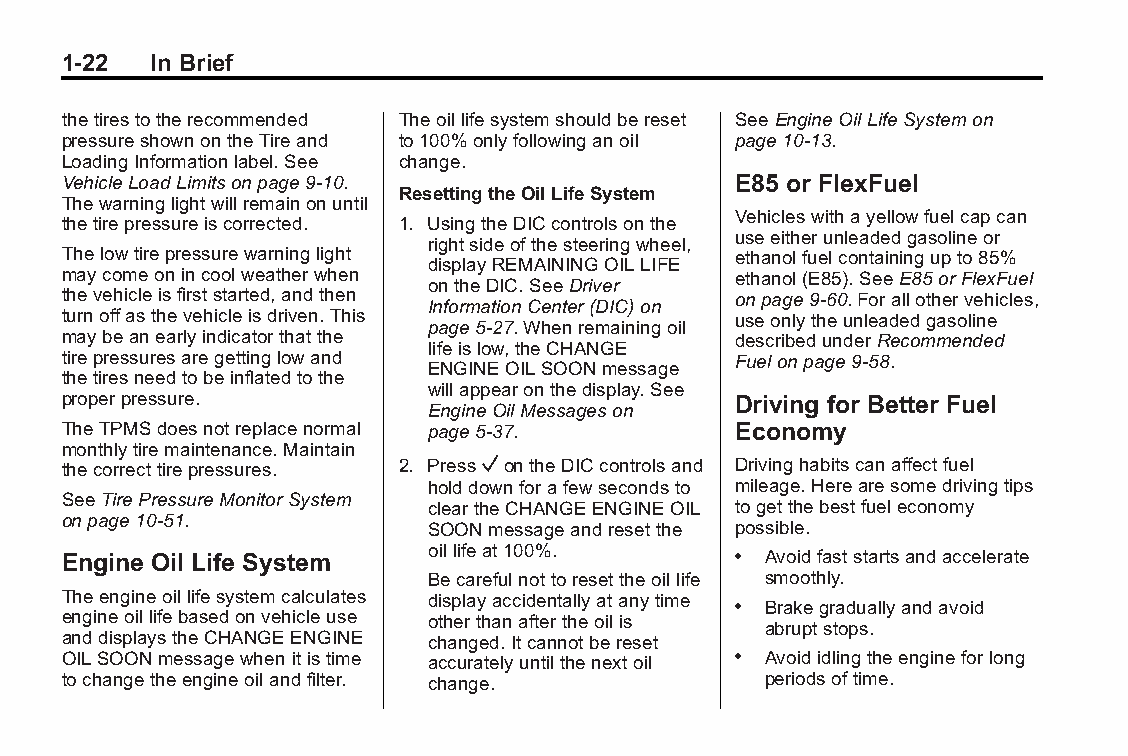
Buick LaCrosse Owner Manual (GMNA-Localizing-U.S./Canada/Mexico- Blackplate(22,1)
 6043609)-2014-2ndEdition-10/17/13
 1-22  In Brief
 thetirestotherecommended Theoillifesystemshouldbereset SeeEngineOilLifeSystemon
 pressureshownontheTireand to100%onlyfollowinganoil page10-13.
 LoadingInformationlabel.See change.
 VehicleLoadLimitsonpage9-10.                E85 or FlexFuel
 ResettingtheOilLifeSystem
 Thewarninglightwillremainonuntil
 Vehicleswithayellowfuelcapcan
 thetirepressureiscorrected. 1. UsingtheDICcontrolsonthe
 useeitherunleadedgasolineor
 rightsideofthesteeringwheel,
 Thelowtirepressurewarninglight              ethanolfuelcontainingupto85%
 displayREMAININGOILLIFE
 maycomeonincoolweatherwhen                  ethanol(E85).SeeE85orFlexFuel
 ontheDIC.SeeDriver
 thevehicleisfirststarted,andthen            onpage9-60.Forallothervehicles,
 InformationCenter(DIC)on
 turnoffasthevehicleisdriven.This            useonlytheunleadedgasoline
 page5-27.Whenremainingoil
 maybeanearlyindicatorthatthe                describedunderRecommended
 lifeislow,theCHANGE
 tirepressuresaregettinglowand               Fuelonpage9-58.
 ENGINEOILSOONmessage
 thetiresneedtobeinflatedtothe
 willappearonthedisplay.See
 properpressure.                             Driving for Better Fuel
 EngineOilMessageson
 TheTPMSdoesnotreplacenormal page5-37.       Economy
 monthlytiremaintenance.Maintain
 thecorrecttirepressures. 2. PressVontheDICcontrolsand Drivinghabitscanaffectfuel
 holddownforafewsecondsto mileage.Herearesomedrivingtips
 SeeTirePressureMonitorSystem
 cleartheCHANGEENGINEOIL togetthebestfueleconomy
 onpage10-51.
 SOONmessageandresetthe possible.
 oillifeat100%.
 Engine Oil Life System                      . Avoidfaststartsandaccelerate
 Becarefulnottoresettheoillife smoothly.
 Theengineoillifesystemcalculates displayaccidentallyatanytime
 . Brakegraduallyandavoid
 engineoillifebasedonvehicleuse otherthanaftertheoilis
 abruptstops.
 anddisplaystheCHANGEENGINE changed.Itcannotbereset
 OILSOONmessagewhenitistime accuratelyuntilthenextoil . Avoididlingtheengineforlong
 tochangetheengineoilandfilter. change.        periodsoftime.